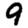
Digit: 9